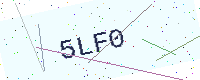
Text: 5LF0